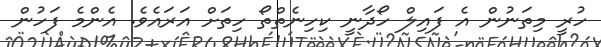
ހުރީ މިތަނުން އެ ފައިލް ހޯދާނީ ކިހިނެތްތޯ ހިތަށް އަރައެވެ. އެންމެ ފަހުން